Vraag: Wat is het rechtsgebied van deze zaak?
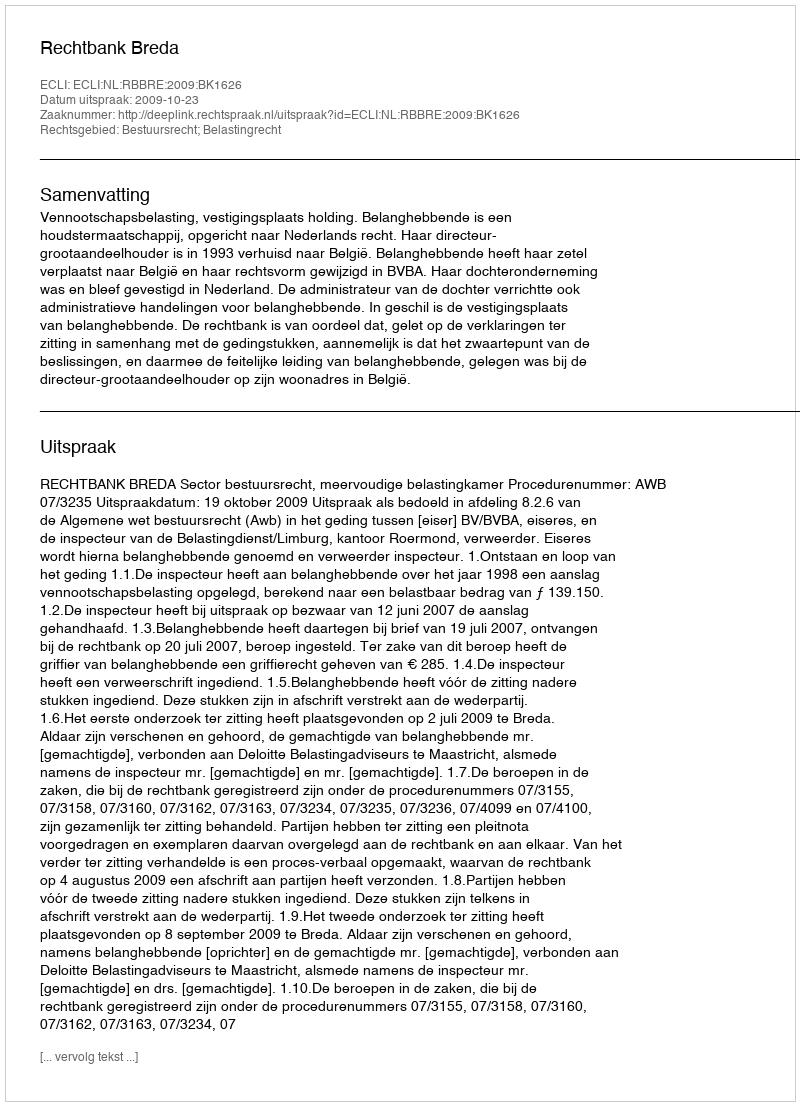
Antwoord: Bestuursrecht; Belastingrecht